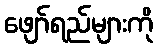
ဖျော်ရည်များကို